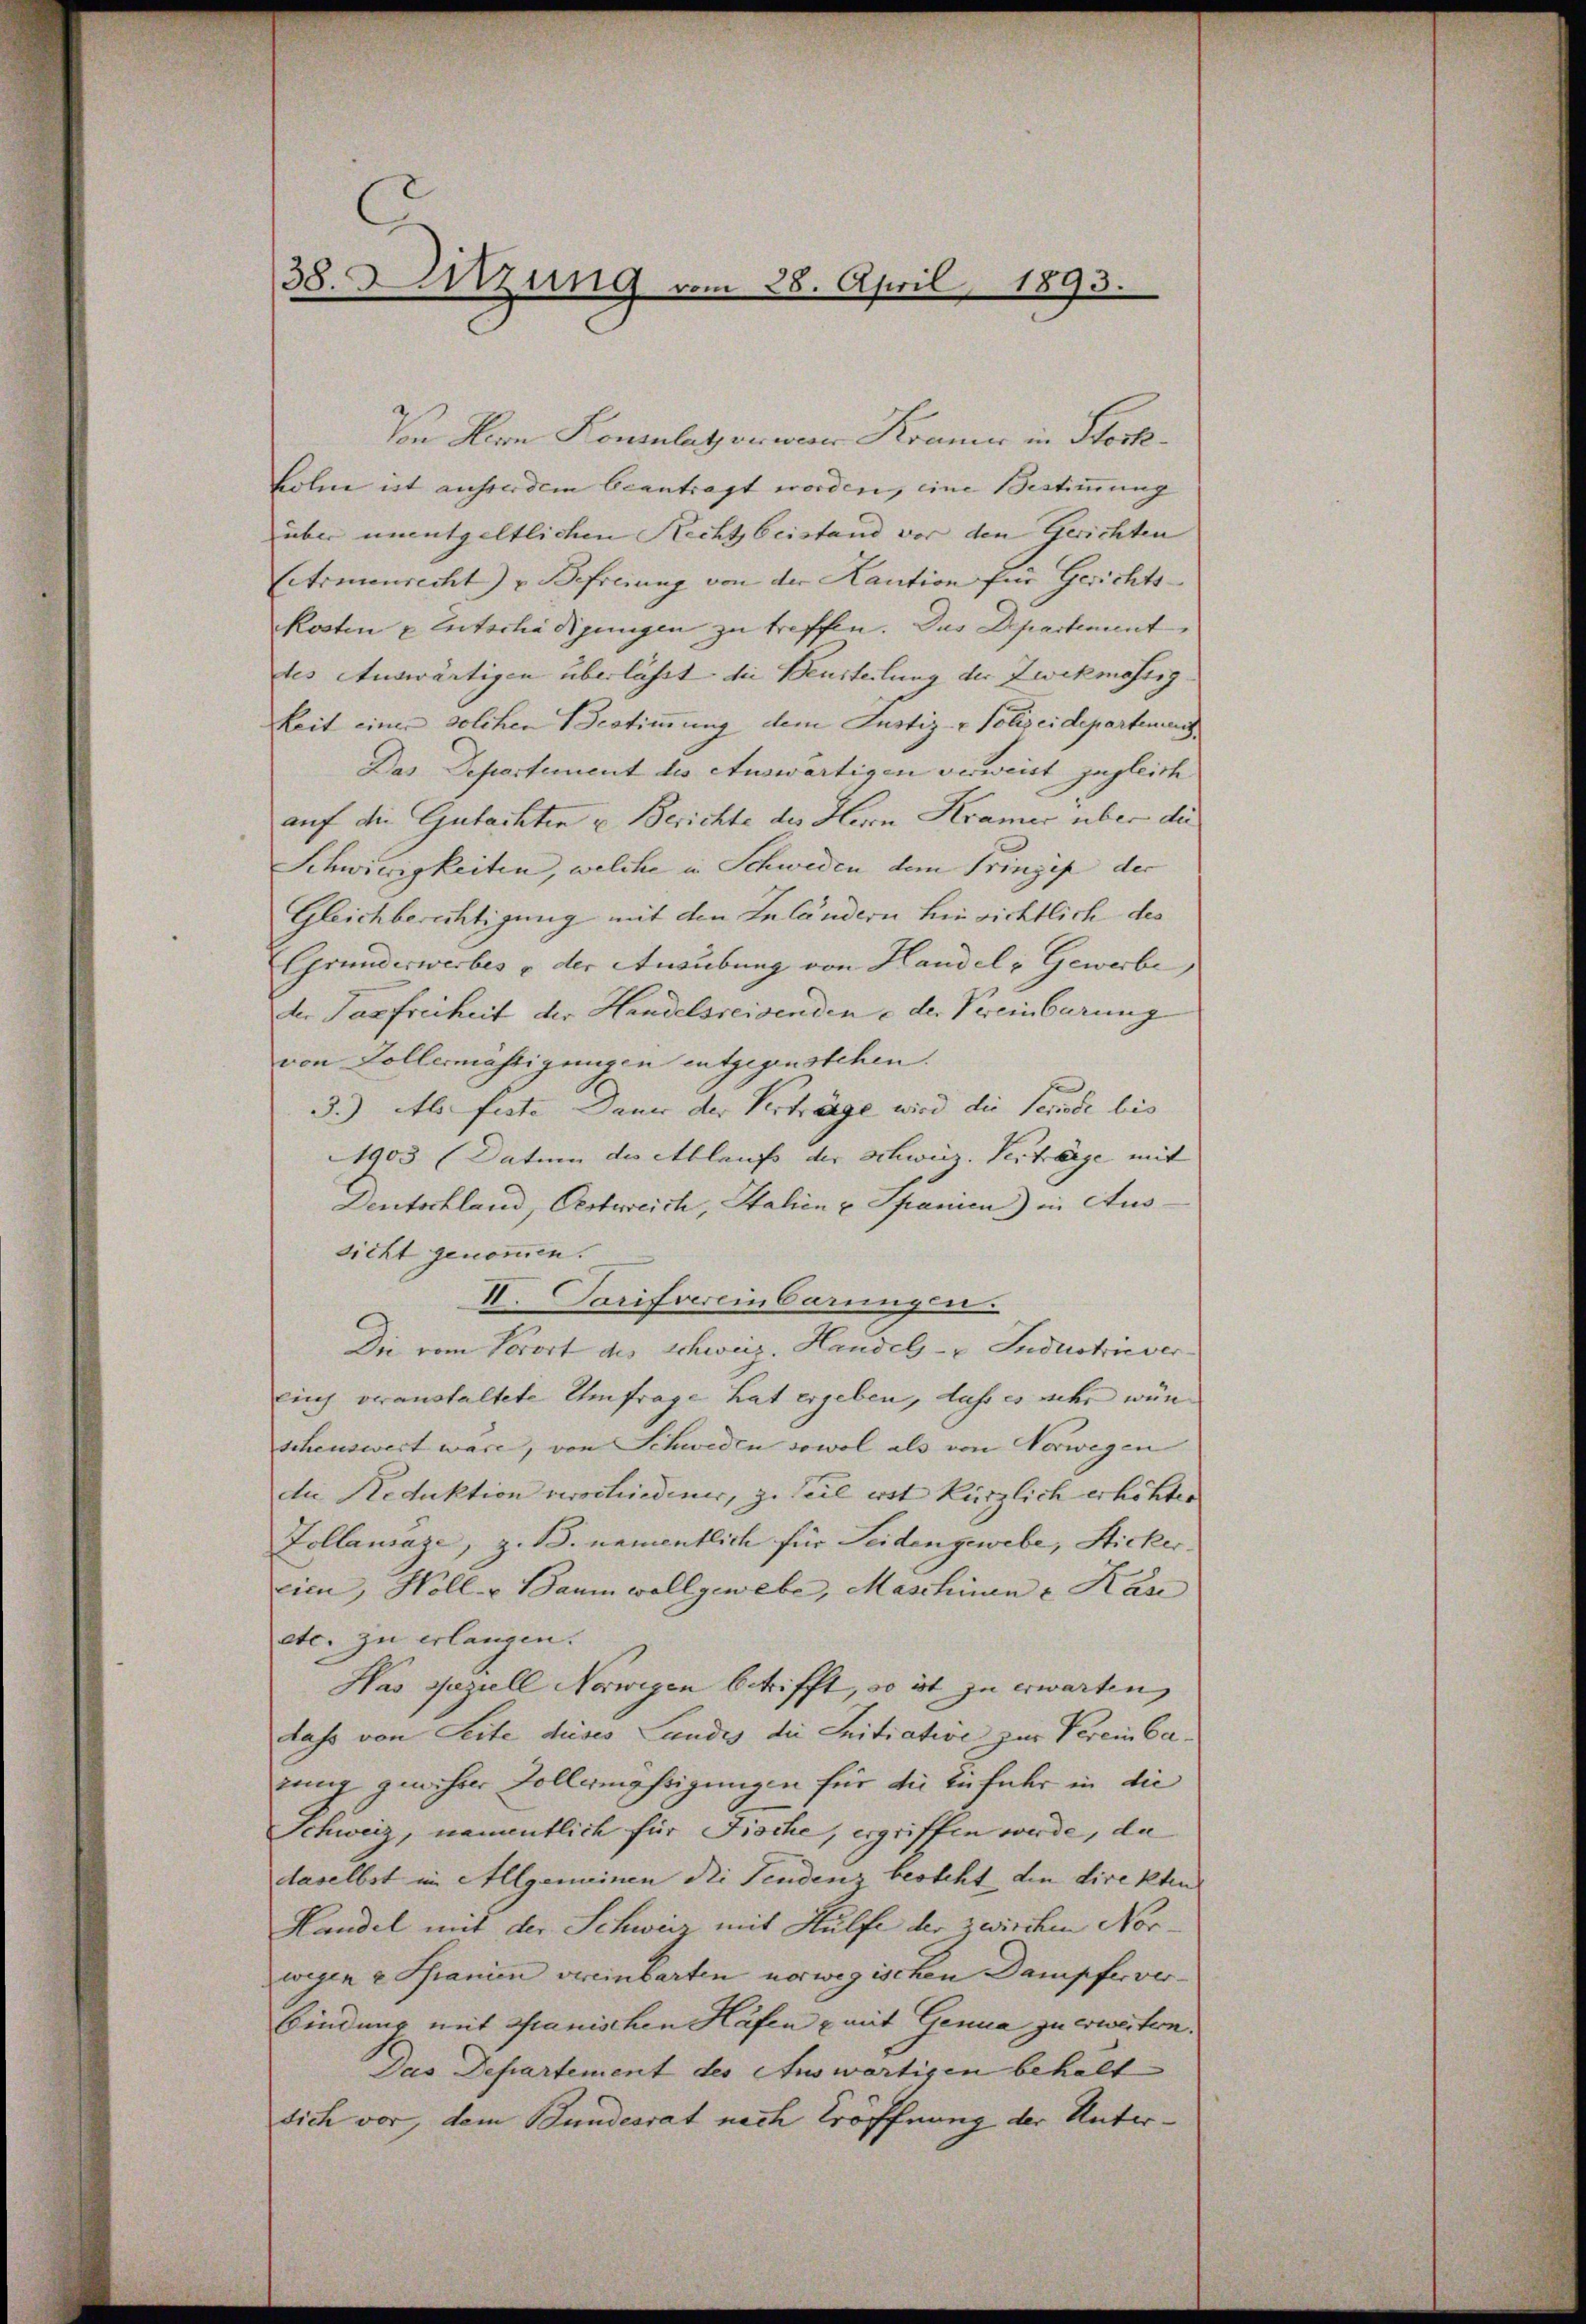
38. Sitzung vom 28. April
1893.

Von Hern Konsulatenwere Krauen in Stock¬
Bohne ist ausserdem beantragt worden, eine Bestimmung
über unentgeltlichen Rechtsbeistand vor den Gerichten
Cetrmenrecht) u. Befreiung von der Kaution für Gerichts-
Kosten u Entschädigungen zu treffen. Das Departement
tes Auswärtigen überlässt die Beurteilung der Zwekmässig
keit einer solchen Bestimmung dem Justiz- & Polizeidepartemen
Das Departement des Auswärtigen verweist zugleich
auf die Gutachten u. Berichte des Herrn Kramer über die
Schwierigkeiten, welche in Schweden dem Prinzip der
Gleichberichtigung mit den Inländern hinrichtlich des
Grunderwerbes u der Ausübung von Handel, Gewerbe
der Tasfreiheit der Handelsreisenden e der Vereinbarung
von Zollermässigungen entgegenstehen.
3.) Als feste Dauer der Verträge wird die Senode bis
1903 (Datum der Ablauf der Schwier. Verträge mit |
Dentschland, Oestreich, Italien u Spanien) in Aus
sicht genommen.
II. Tarifvereinbarungen.
Die vom Vorort des Schweiz. Handel- u Industriever
lich veranstaltete Umfrage hat ergeben, dass es sehr wün
schenswert wäre, von Schweden sowol als von Vorwegen
die Reduktion verschiedener, z. Teil erst kürzlich erhöhter
Zollansaze, z. B. namentlich für Seidengewebe, Sticker.
cien, Holl- u Baumwollgewebe, Maschinen & Kan
etc. zu erlangen.
Has Jazull Norwegen betrifft, so ist zu erwarten,
dass von Seite dieses Landes die Initiative zur Verein Carung geehrer Vollmährigungen für die Einfuhr in die
Schweiz, namentlich für Fische, ergriffen werde, da
daselbst im Allgemeinen die Tendenz besteht, den direkten
Handel mit der Schweiz mit Hülfe der zwischen Norwegen e Pfanien vereinbarten norwegischen Dampfer ver-
bindung mit Spanischen Häfen u mit Genua zu erweiten.
Das Departement des Auswärtigen behalt
sich vor, dem Bundesrat nach Eröffnung der Unter¬